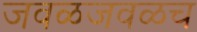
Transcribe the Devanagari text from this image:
जवळजवळच